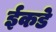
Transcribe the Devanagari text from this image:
ईकडे